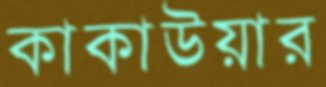
কাকাউয়ার